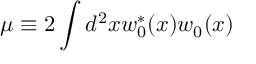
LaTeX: \mu \equiv 2 \int d ^ { 2 } x w _ { 0 } ^ { * } ( x ) w _ { 0 } ( x )